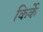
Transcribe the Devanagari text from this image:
किर्के